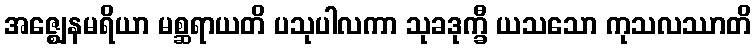
အဇ္ဈေနမရိယာ မစ္ဆရာယတိ ပသုပါလကာ သုခဒုက္ခီ ယသသော ကုသလဿာတိ